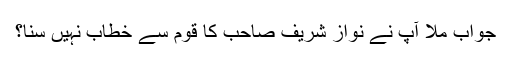
جواب ملا آپ نے نواز شریف صاحب کا قوم سے خطاب نہیں سنا؟